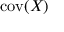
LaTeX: \operatorname { c o v } ( X )